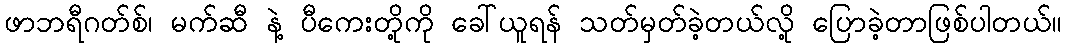
ဖာဘရီဂတ်စ်၊ မက်ဆီ နဲ့ ပီကေးတို့ကို ခေါ်ယူရန် သတ်မှတ်ခဲ့တယ်လို့ ပြောခဲ့တာဖြစ်ပါတယ်။